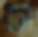
সে